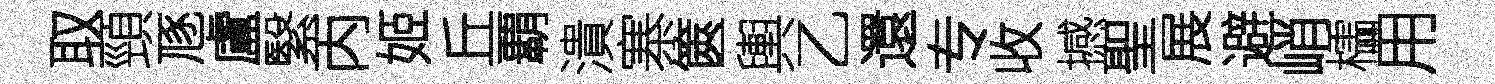
取頸豗盧繄丙姬丘覇潰寨篋輿乙還专收撼聖展避峭櫺用